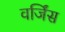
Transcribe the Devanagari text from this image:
वर्जिंस